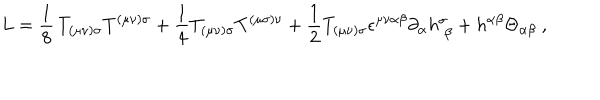
LaTeX: L = \frac { 1 } { 8 } \, T _ { ( \mu \nu ) \sigma } T ^ { ( \mu \nu ) \sigma } + \frac { 1 } { 4 } T _ { ( \mu \nu ) \sigma } T ^ { ( \mu \sigma ) \nu } + \frac { 1 } { 2 } T _ { ( \mu \nu ) \sigma } \epsilon ^ { \mu \nu \alpha \beta } \partial _ { \alpha } h _ { \; \beta } ^ { \sigma } + h ^ { \alpha \beta } \Theta _ { \alpha \beta } \ ,